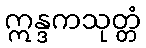
ဣန္ဒကသုတ္တံ